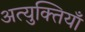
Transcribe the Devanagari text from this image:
अत्युक्तियाँ